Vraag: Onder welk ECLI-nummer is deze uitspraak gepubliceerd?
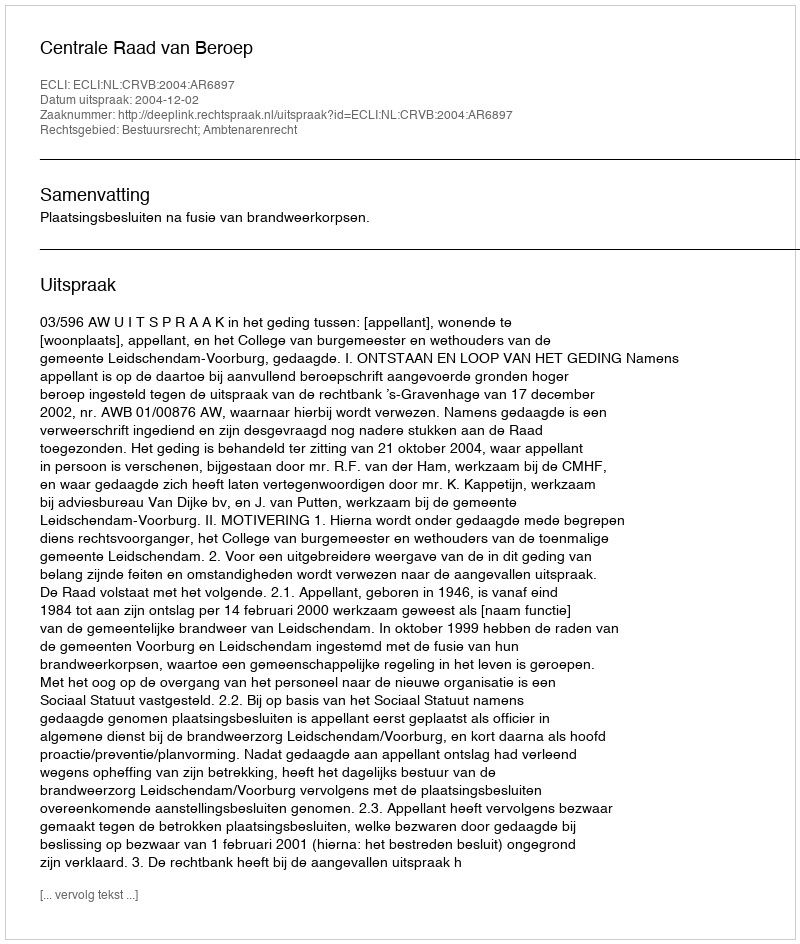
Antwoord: ECLI:NL:CRVB:2004:AR6897